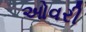
ઓવરી